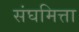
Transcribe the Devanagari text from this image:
संघमित्ता